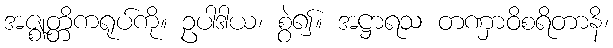
အဇ္ဈတ္တိကရုပ်ကို။ ဥပါဒါယ၊ စွဲ၍။ အဋ္ဌာရသ တဏှာဝိစရိတာနိ၊